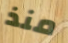
منذ